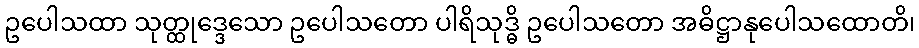
ဥပေါသထာ သုတ္ထုဒ္ဒေသော ဥပေါသတော ပါရိသုဒ္ဓိ ဥပေါသတော အဓိဋ္ဌာနုပေါသထောတိ၊